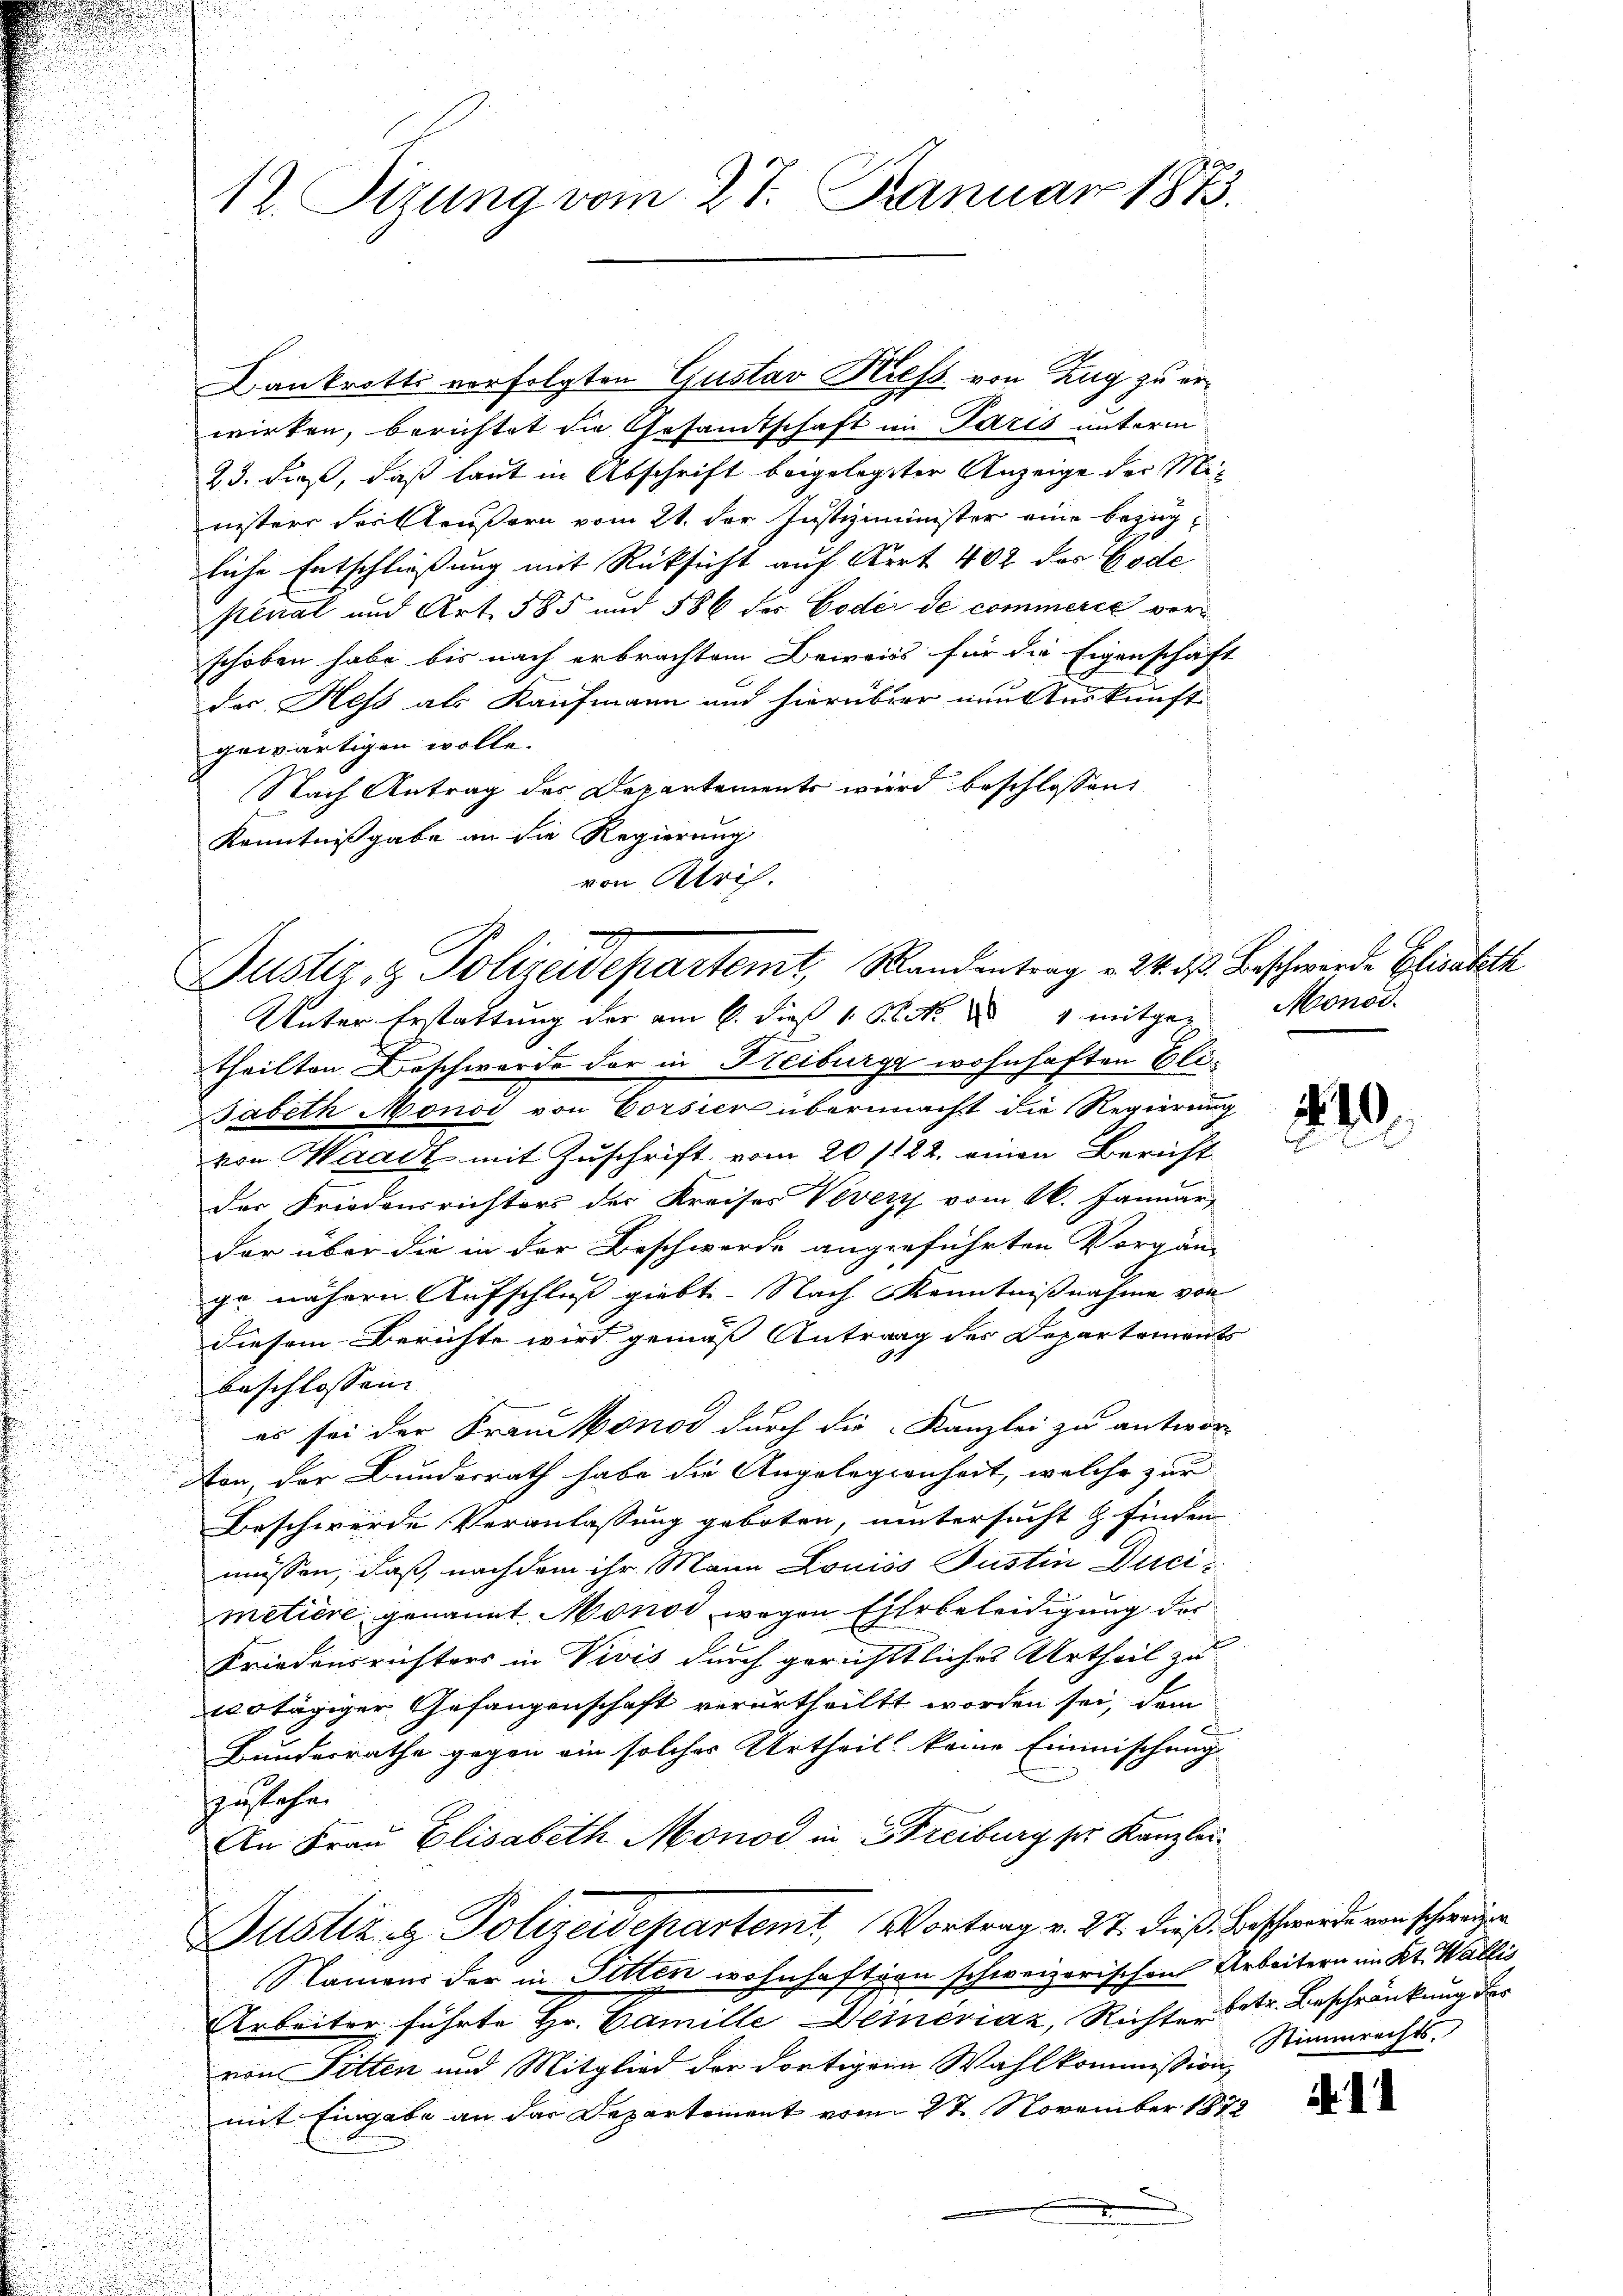
30
12. Sizung vom 27. Januar 1873.

.
Justiz- & Polizeidepartemt, Randentrag v. 24. d. Beschwerde Elisabeth
Unter Erstattung der am 6. dieß 1 Beck.  4 mitge¬

Bankrotts verfolgten Gustav Hilfs von Zug zu erwirken, berichtet die Gesandtschaft im Paris unterm
23. dieß, daß laut in Abschrift beigelegter Anzeige der Ministers der Aeußern vom 21. der Justizminister eine Bezugliche Entschliessung mit Rücksicht auf Art. 402 des Gode
pénal und Art. 585 und 586 des Code de commerić verschoben habe bis nach erbrachtem Beweiss für die Eigenschaft
des Hess als Kaufmann und hierüber neu Auskunft
gewärtigen wolle.
Nach Antrag des Departements wird beschlossen:
Kenntnißgabe an die Regierung
von Krich.

theilten Beschwerde der in Freiburge wohnhaften Eli¬
Jabeth Monos von Vorsiere übermacht die Regierung
von Waadt mit Zuschrift vom 20/122. einen Bericht
der Friedensrichters der Kreises Vevers vom 16. Januar,
dar über die in der Beschwerde angeführten Vorgän-
ge nähern Aufschluß giebt. Nach Kenntnisnahme von
diesem Berichte wird gemäß Antrag des Departements
beschlossen
es sei der Frandonod durch die Kanzlei zu antwor-
Non, der Bundesrath habe die Angelegienheit, welche zur
Beschwerde Veranlassung geboten, untersucht & finden
müssen, daß nachdem ihr Mann Louis Justin Ducimetiere genannt Monod, wegen Eitebeleidigung der
Friedensrichters in Vivis durch gerichttliches Urtheil zu
tägiger Gefangenschaft verurtheilt worden sei, dem
Bundesrathe gegen ein solches Urtheil keine Einmischung
zustehen
An Frau Elisabeth Monod in Streiburg sr. Kanzlei
Justiz- & Polizeidepartemt, Vortrag v. 27. dieß Beschwerde von schweizen
Namens der in Pitten wohnhaftern schweizerischen Arbeitern im Kt. Wallis
Arbeiter führte Hr. Camille Deineviaz, Richter betr. Beschränkung der
von Pitten und Mitglied der dortigen Wahlkommißion Stimmrechts.
mit Eingabe an der Departement vom 27. November 1872
e

Monod.

410.

. 44